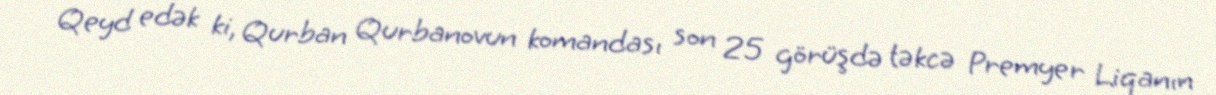
Qeyd edək ki, Qurban Qurbanovun komandası son 25 görüşdə təkcə Premyer Liqanın